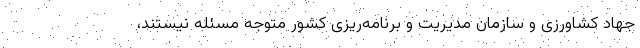
جهاد کشاورزی و سازمان مدیریت و برنامه‌ریزی کشور متوجه مسئله نیستند،